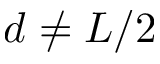
d \ne L / 2